Annual administration and progress report of the Indian Medical Department, Bombay
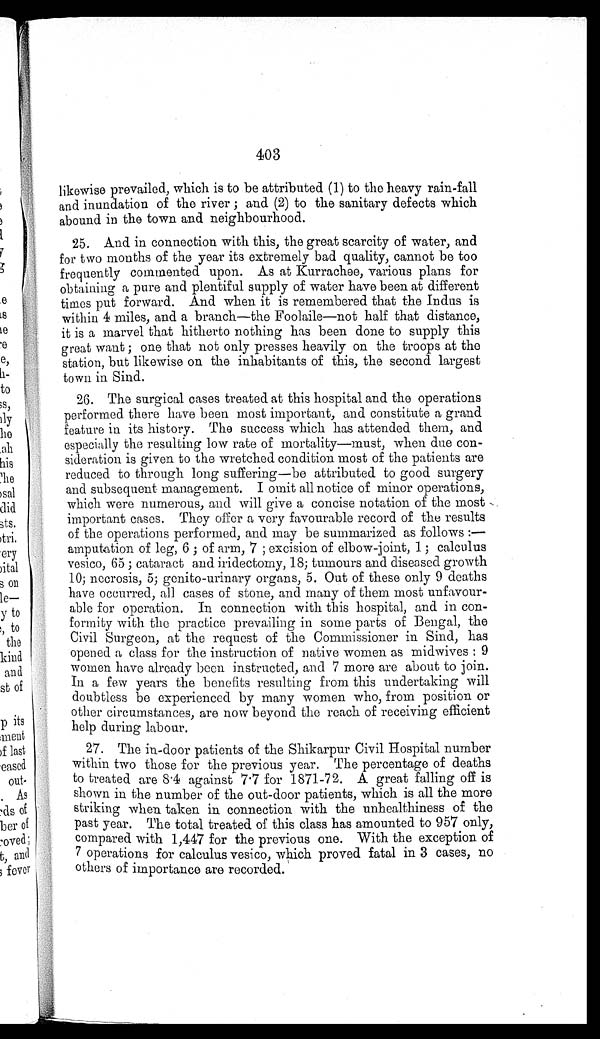
403
likewise prevailed, which is to be attributed (1) to the heavy rain-fall
and inundation of the river; and (2) to the sanitary defects which
abound in the town and neighbourhood.
25. And in connection with this, the great scarcity of water, and
for two months of the year its extremely bad quality, cannot be too
frequently commented upon. As at Kurrachee, various plans for
obtaining a pure and plentiful supply of water have been at different
times put forward. And when it is remembered that the Indus is
within 4 miles, and a branch—the Foolaile—not half that distance,
it is a marvel that hitherto nothing has been done to supply this
great want; one that not only presses heavily on the troops at the
station, but likewise on the inhabitants of this, the second largest
town in Sind.
26. The surgical cases treated at this hospital and the operations
performed there have been most important, and constitute a grand
feature in its history. The success which has attended them, and
especially the resulting low rate of mortality—must, when due con
-sideration is given to the wretched condition most of the patients are
reduced to through long suffering—be attributed to good surgery
and subsequent management. I omit all notice of minor operations,
which were numerous, and will give a concise notation of the most
important cases. They offer a very favourable record of the results
of the operations performed, and may be summarized as follows:
—amputation of leg, 6; of arm, 7; excision of elbow-joint, 1; calculus
vesico, 65; cataract and iridectomy, 18; tumours and diseased growth
10; necrosis, 5; genito-urinary organs, 5. Out of these only 9 deaths
have occurred, all cases of stone, and many of them most unfavour
-able for operation. In connection with this hospital, and in con
-formity with the practice prevailing in some parts of Bengal, the
Civil Surgeon, at the request of the Commissioner in Sind, has
opened a class for the instruction of native women as midwives: 9
women have already been instructed, and 7 more are about to join.
In a few years the benefits resulting from this undertaking will
doubtless be experienced by many women who, from position or
other circumstances, are now beyond the reach of receiving efficient
help during labour.
27. The in-door patients of the Shikarpur Civil Hospital number
within two those for the previous year. The percentage of deaths
to treated are 8.4 against 7.7 for 1871-72. A great falling off is
shown in the number of the out-door patients, which is all the more
striking when taken in connection with the unhealthiness of the
past year. The total treated of this class has amounted to 957 only,
compared with 1,447 for the previous one. With the exception of
7 operations for calculus vesico, which proved fatal in 3 cases, no
others of importance are recorded.